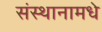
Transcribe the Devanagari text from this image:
संस्थानामधे